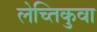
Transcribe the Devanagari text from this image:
लेच्तिकुवा